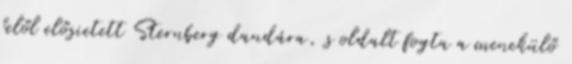
felől elősietett Sternberg dandára, s oldalt fogta a menekülő